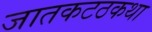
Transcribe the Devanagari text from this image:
जातकटठकथा